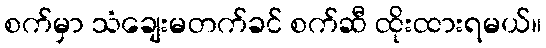
စက်မှာ သံချေးမတက်ခင် စက်ဆီ ထိုးထားရမယ်။